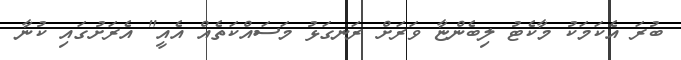
ބުރަ އެކަމަކު މާކެޓު ލިބެންޏާ ވަރަށް ރަނގަޅު މަސައްކަތެއް އެއީ" އެރަށުގައި ކުނާ